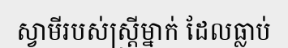
ស្វាមីរបស់ស្ត្រីម្នាក់ ដែលធ្លាប់